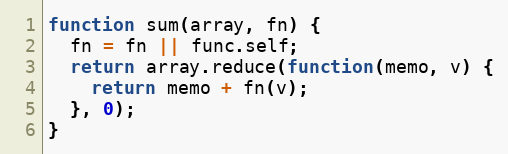
Language: JavaScript
function sum(array, fn) {
  fn = fn || func.self;
  return array.reduce(function(memo, v) {
    return memo + fn(v);
  }, 0);
}